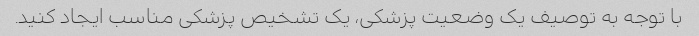
با توجه به توصیف یک وضعیت پزشکی، یک تشخیص پزشکی مناسب ایجاد کنید.